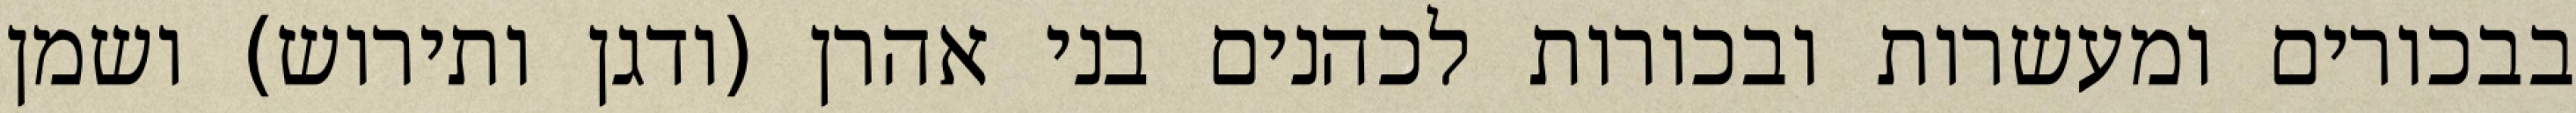
בבכורים ומעשרות ובכורות לכהנים בני אהרן (ודגן ותירוש) ושמן